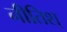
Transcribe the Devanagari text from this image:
नीतिश्